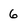
Character: 6